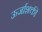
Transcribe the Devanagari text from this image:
ऊर्जाशक्ती